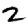
Digit: 2